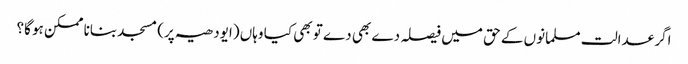
اگر عدالت مسلمانوں کے حق میں فیصلہ دے بھی دے تو بھی کیا وہاں (ایودھیہ پر) مسجد بنانا ممکن ہو گا؟